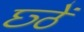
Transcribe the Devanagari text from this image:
छ्ठें